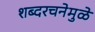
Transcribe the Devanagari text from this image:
शब्दरचनेमुळे